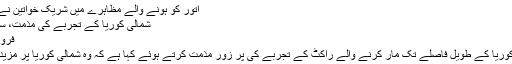
اتور کو ہونے والے مظاہرے میں شریک خواتین نے دارالحکومت سارا …
شمالی کوریا کے تجربے کی مذمت، سخت پابندیوں کا مطالبہ
فروری 8, 2016	231
اقوامِ متحدہ نے شمالی کوریا کے طویل فاصلے تک مار کرنے والے راکٹ کے تجربے کی پر زور مذمت کرتے ہوئے کہا ہے کہ وہ شمالی کوریا پر مزید پابندیاں عائد کرے گا۔